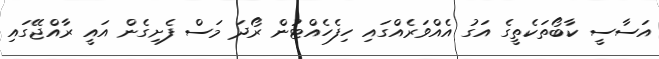
އަސާސީ ކާބޯތަކެތީގެ އަގު އެއްވަރެއްގައި ހިފެހެއްޓުން ރޯދަ މަސް ފެށިގެން އައީ ރާއްޖޭގައި